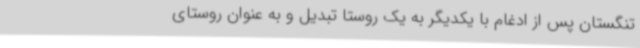
تنگستان پس از ادغام با یکدیگر به یک روستا تبدیل و به عنوان روستای